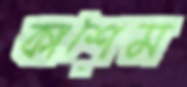
কাশেম